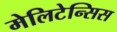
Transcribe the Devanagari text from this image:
मेलिटेन्सिस